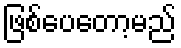
ဖြစ်ပေတော့မည်